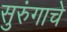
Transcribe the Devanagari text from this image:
सुरुंगाचे